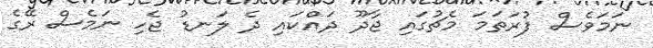
ނަމަވެސް ފުރަތަމަ މެޗުގައި ޖާދޫ ދައްކައި ދެ ލަނޑު ޖެހި ނަމެސް ރޭގެ